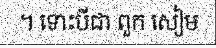
។ ទោះបីជា ពួក សៀម